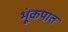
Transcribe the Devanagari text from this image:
भूंकपात